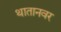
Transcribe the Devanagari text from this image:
थातानवर